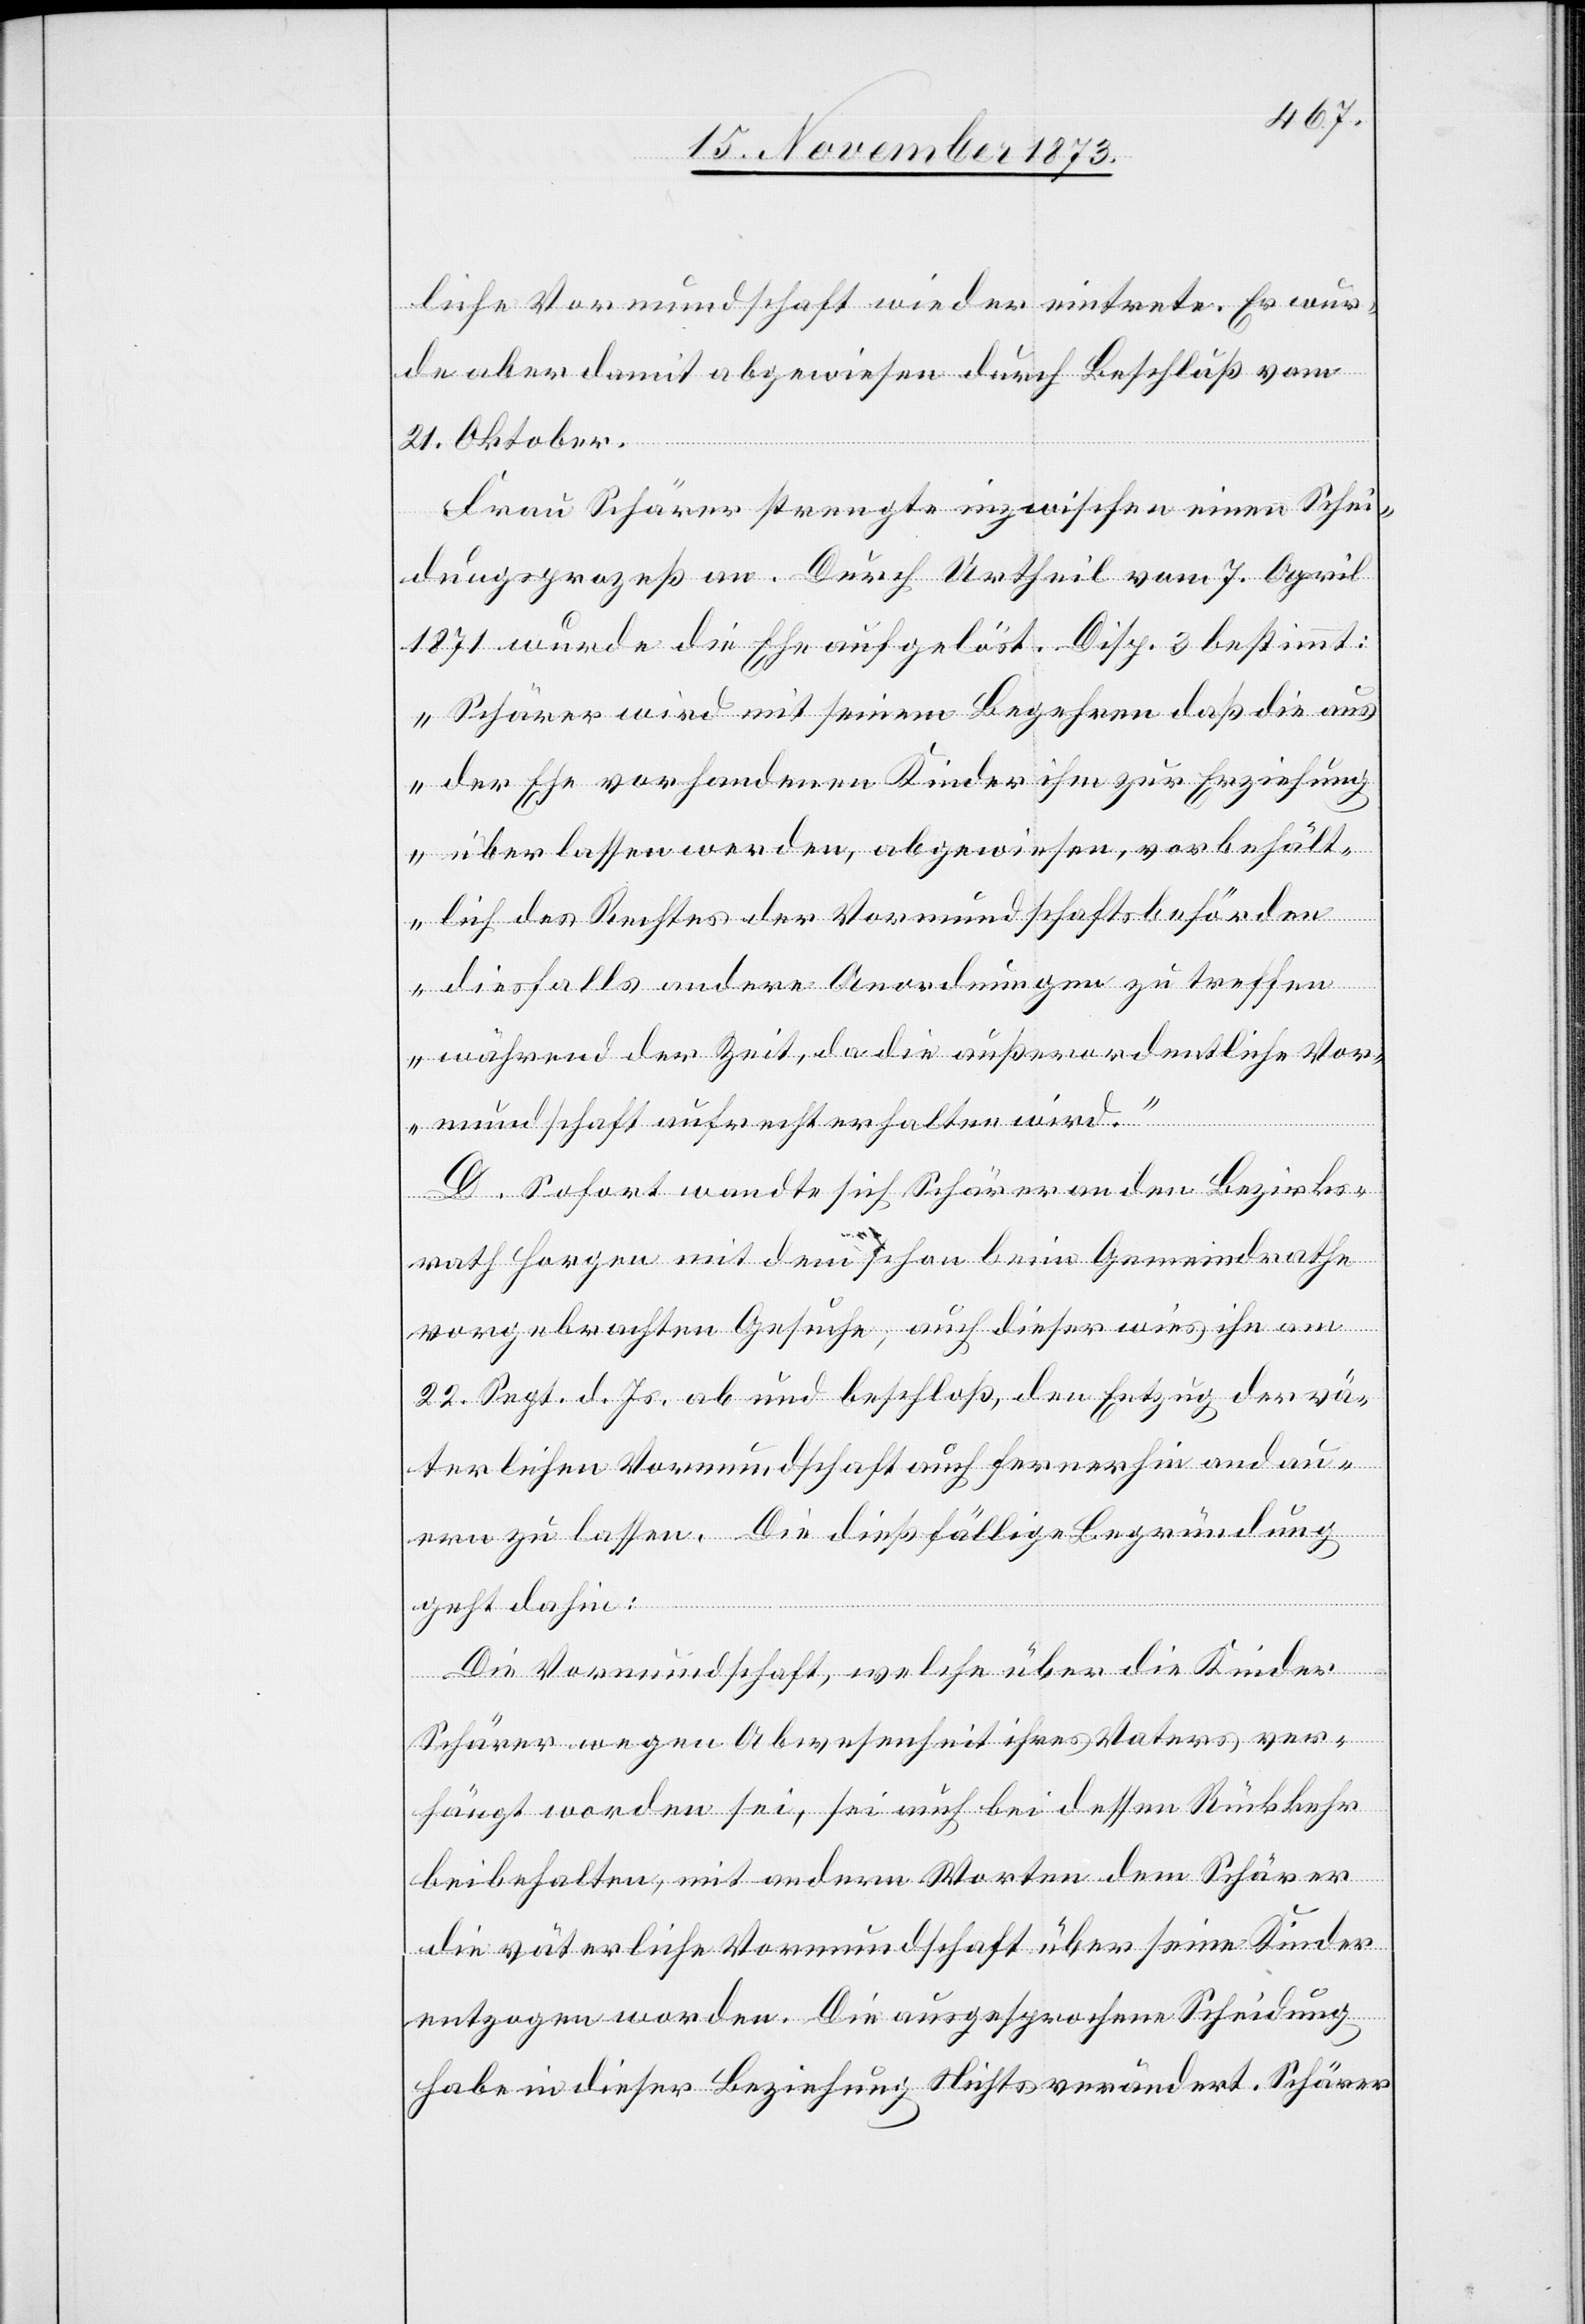
liche Vormundschaft wieder eintrete. Er wur¬
de aber damit abgewiesen durch Beschluß vom
21. Oktober.
Frau Schärer strengte inzwischen einen Schei¬
dungsprozeß an. Durch Urtheil vom 7. April
1871 wurde die Ehe aufgelöst. Disp. 3 bestimmt:
„Schärer wird mit seinem Begehren daß die aus
der Ehe vorhandenen Kinder ihm zur Erziehung
überlassen werden, abgewiesen, vorbehält¬
lich des Rechtes der Vormundschaftsbehörden
diesfalls andere Anordnungen zu treffen
während der Zeit, da die außerordentliche Vor¬
mundschaft aufrecht erhalten wird.“
D. Sofort wandte sich Schärer an den Bezirks¬
rath Horgen mit dem schon beim Gemeindrathe
vorgebrachten Gesuche, auch dieser wies ihn am
22. Sept. d. Js. ab und beschloß, den Entzug der vä¬
terlichen Vormundschaft auch fernerhin andau¬
ern zu lassen. Die dießfällige Begründung
geht dahin:
Die Vormundschaft, welche über die Kinder
Schärer wegen Abwesenheit ihres Vaters ver¬
hängt worden sei, sei auch bei dessen Rückkehr
beibehalten, mit andern Worten dem Schärer
die väterliche Vormundschaft über seine Kinder
entzogen worden. Die ausgesprochene Scheidung
habe in dieser Beziehung Nichts verändert. Schärer